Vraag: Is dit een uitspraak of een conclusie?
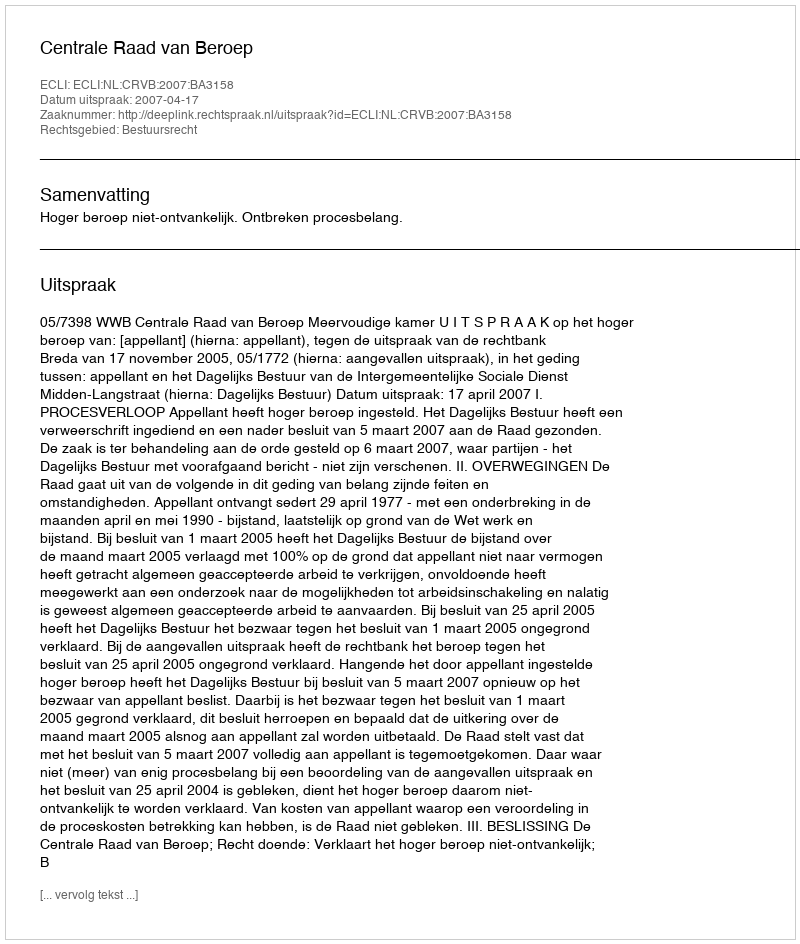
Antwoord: Uitspraak